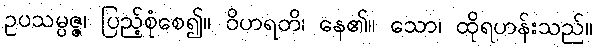
ဥပသမ္ပဇ္ဇ၊ ပြည့်စုံစေ၍။ ဝိဟရတိ၊ နေ၏။ သော၊ ထိုရဟန်းသည်။